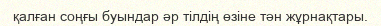
қалған соңғы буындар әр тілдің өзіне тән жұрнақтары.